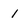
Character: 1